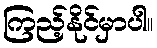
ကြည့်နိုင်မှာပါ။